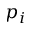
p _ { i }